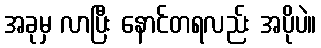
အခုမှ လာပြီး နောင်တရလည်း အပိုပဲ။